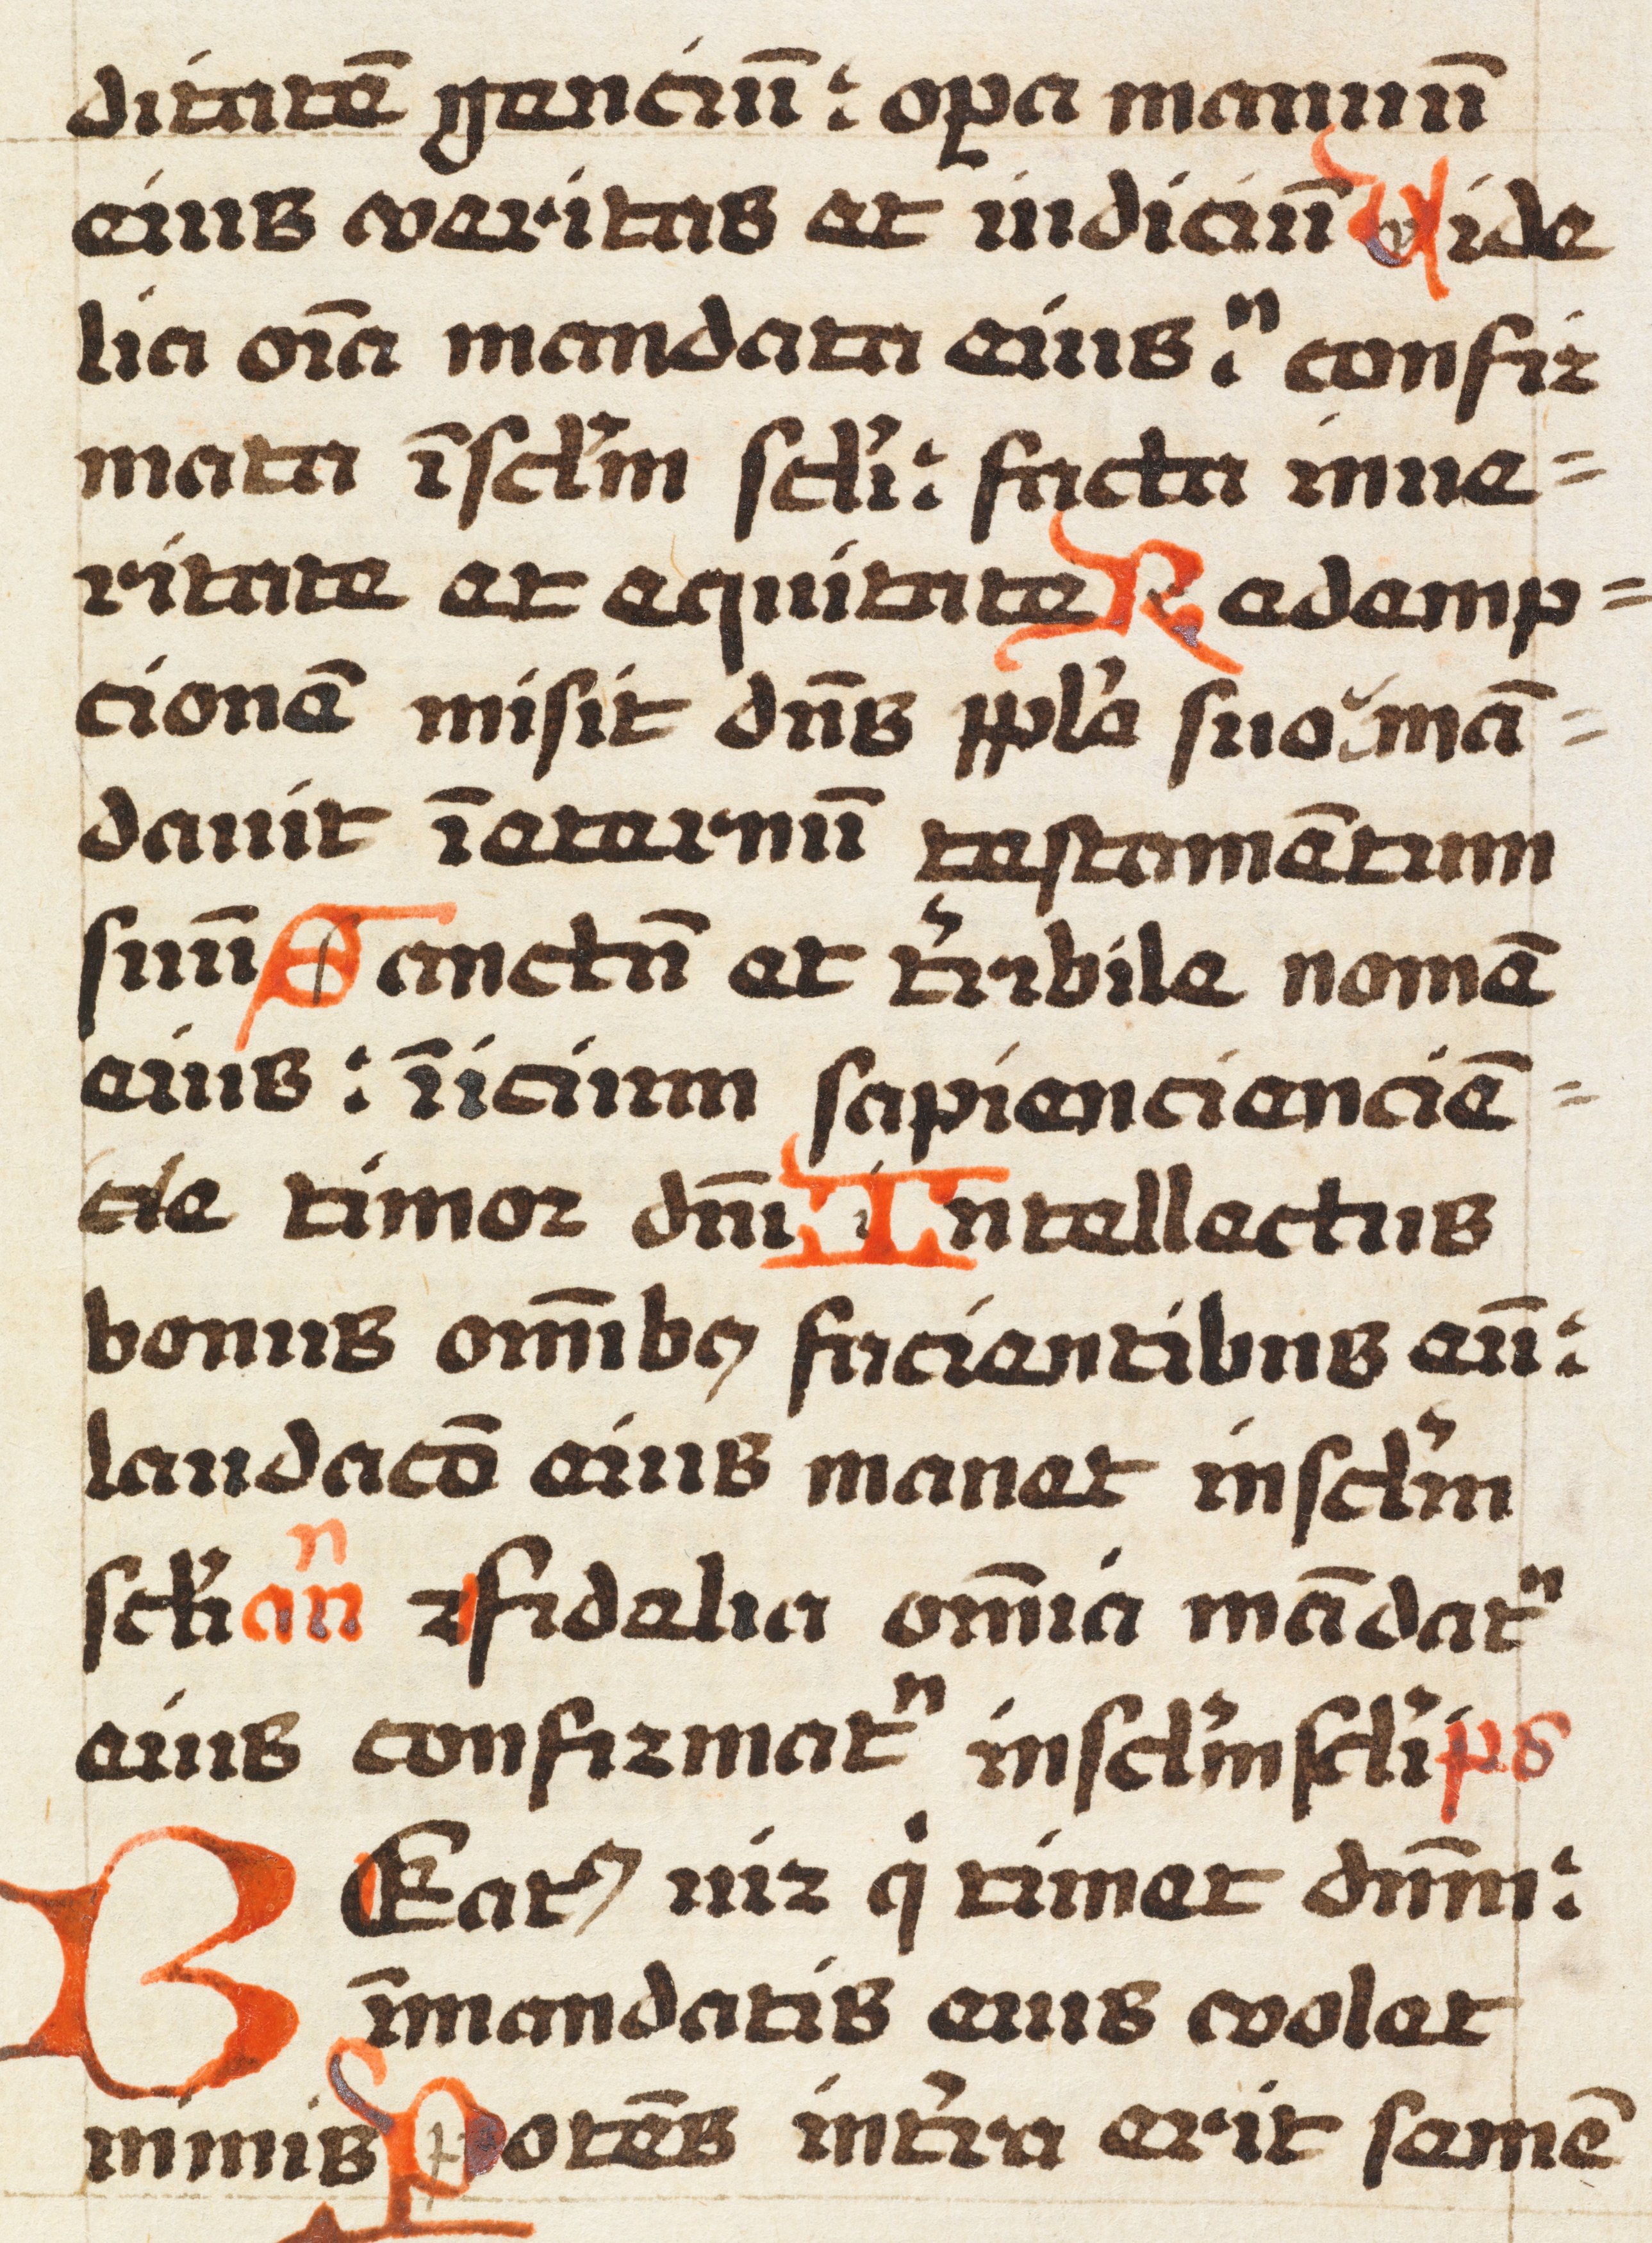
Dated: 1492–1492